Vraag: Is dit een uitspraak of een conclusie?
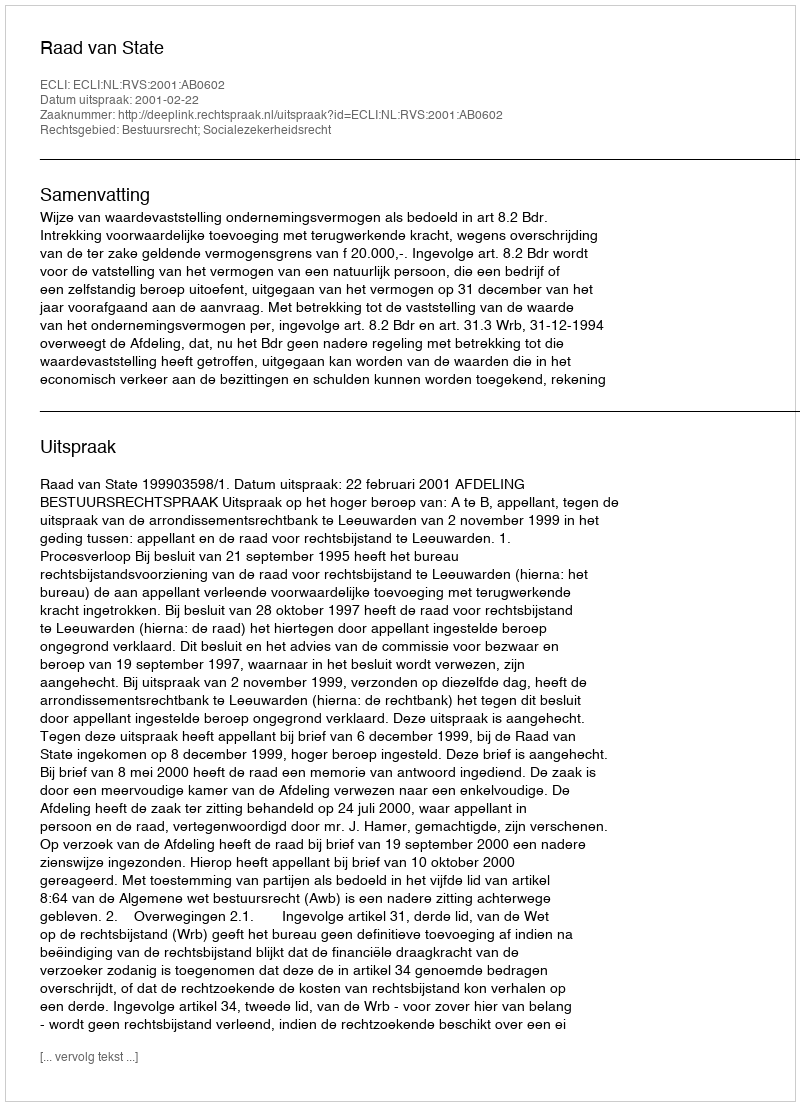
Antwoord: Uitspraak